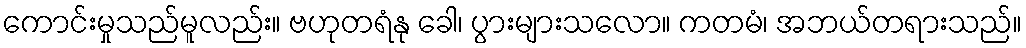
ကောင်းမှုသည်မူလည်း။ ဗဟုတရံနု ခေါ၊ ပွားများသလော။ ကတမံ၊ အဘယ်တရားသည်။